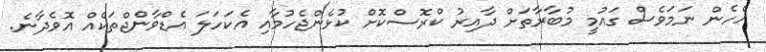
އެހެން ނަމަވެސް ގައުމީ މުބާރާތަށް ދާއިރު ކްރޮސްކޮށް ކުޅެންޖެހުމާއި އެކަހަލަ އެޑްވާންޖްތަކެއް އޮވެދާނެ.